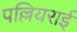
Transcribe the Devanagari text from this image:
पल्लियराई